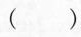
()